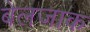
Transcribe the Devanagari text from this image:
बेलजाक